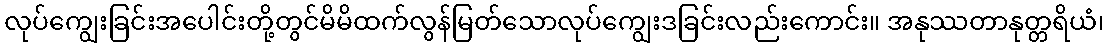
လုပ်ကျွေးခြင်းအပေါင်းတို့တွင်မိမိထက်လွန်မြတ်သောလုပ်ကျွေးဒခြင်းလည်းကောင်း။ အနုဿတာနုတ္တရိယံ၊